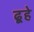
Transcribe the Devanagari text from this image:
ढूहे